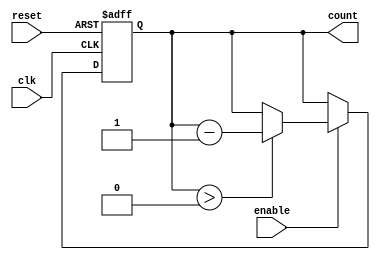
module down_counter (
    input wire clk,        // Clock signal
    input wire reset,      // Asynchronous active-high reset
    input wire enable,     // Active-high enable signal
    output reg [N-1:0] count // Current value of the counter
);
    parameter N = 4; // Define the width of the counter (e.g., 4 bits for a max count of 15)

    // Maximum value for the counter
    localparam MAX_COUNT = (1 << N) - 1; // 2^N - 1

    // Asynchronous reset and counting logic
    always @(posedge clk or posedge reset) begin
        if (reset) begin
            count <= MAX_COUNT; // Reset to maximum value
        end else if (enable) begin
            if (count > 0) begin
                count <= count - 1; // Decrement the count
            end
            // If count is 0, it remains 0
        end
    end

    // Initialize count to zero at the start
    initial begin
        count = MAX_COUNT; // Set initial count to maximum value
    end
endmodule